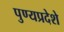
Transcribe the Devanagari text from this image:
पुण्यप्रदेशे